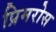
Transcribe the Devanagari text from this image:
प्रिमरोस